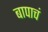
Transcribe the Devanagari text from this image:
बापाचं